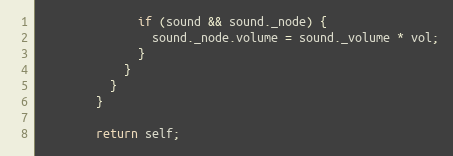
Language: JavaScript
              if (sound && sound._node) {
                sound._node.volume = sound._volume * vol;
              }
            }
          }
        }

        return self;